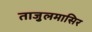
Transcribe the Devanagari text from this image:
ताजुलमासिर